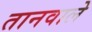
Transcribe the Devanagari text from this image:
तानवाले